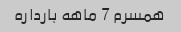
همسرم 7 ماهه بارداره